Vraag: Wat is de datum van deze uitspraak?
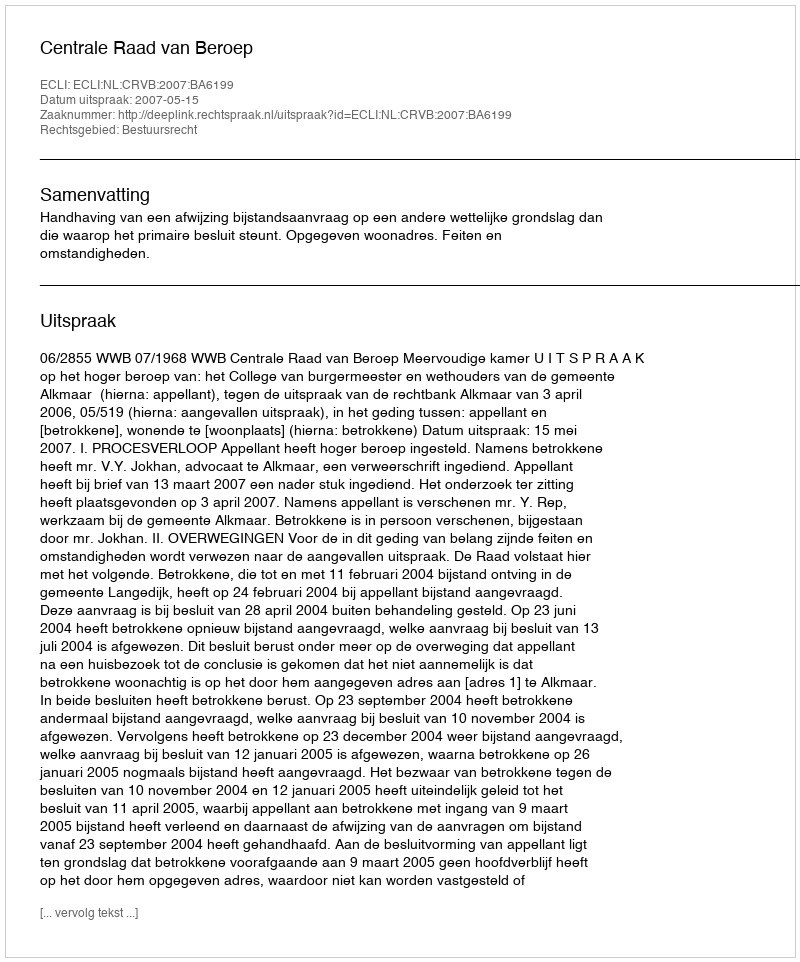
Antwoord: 2007-05-15